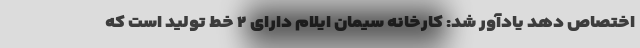
اختصاص دهد یادآور شد: کارخانه سیمان ایلام دارای ۲ خط تولید است که